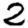
Digit: 2